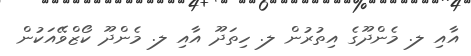
އާއި ލ. މެންދޫގެ އިތުރުން ލ. ހިތަދޫ އާއި ލ. މެންދޫ ކޯޒްވޭއަކުން